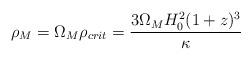
LaTeX: \begin{align*}\rho_M=\Omega_M \rho_{crit}=\frac{3\Omega_M H_0^2(1+z)^3}{\kappa}\end{align*}